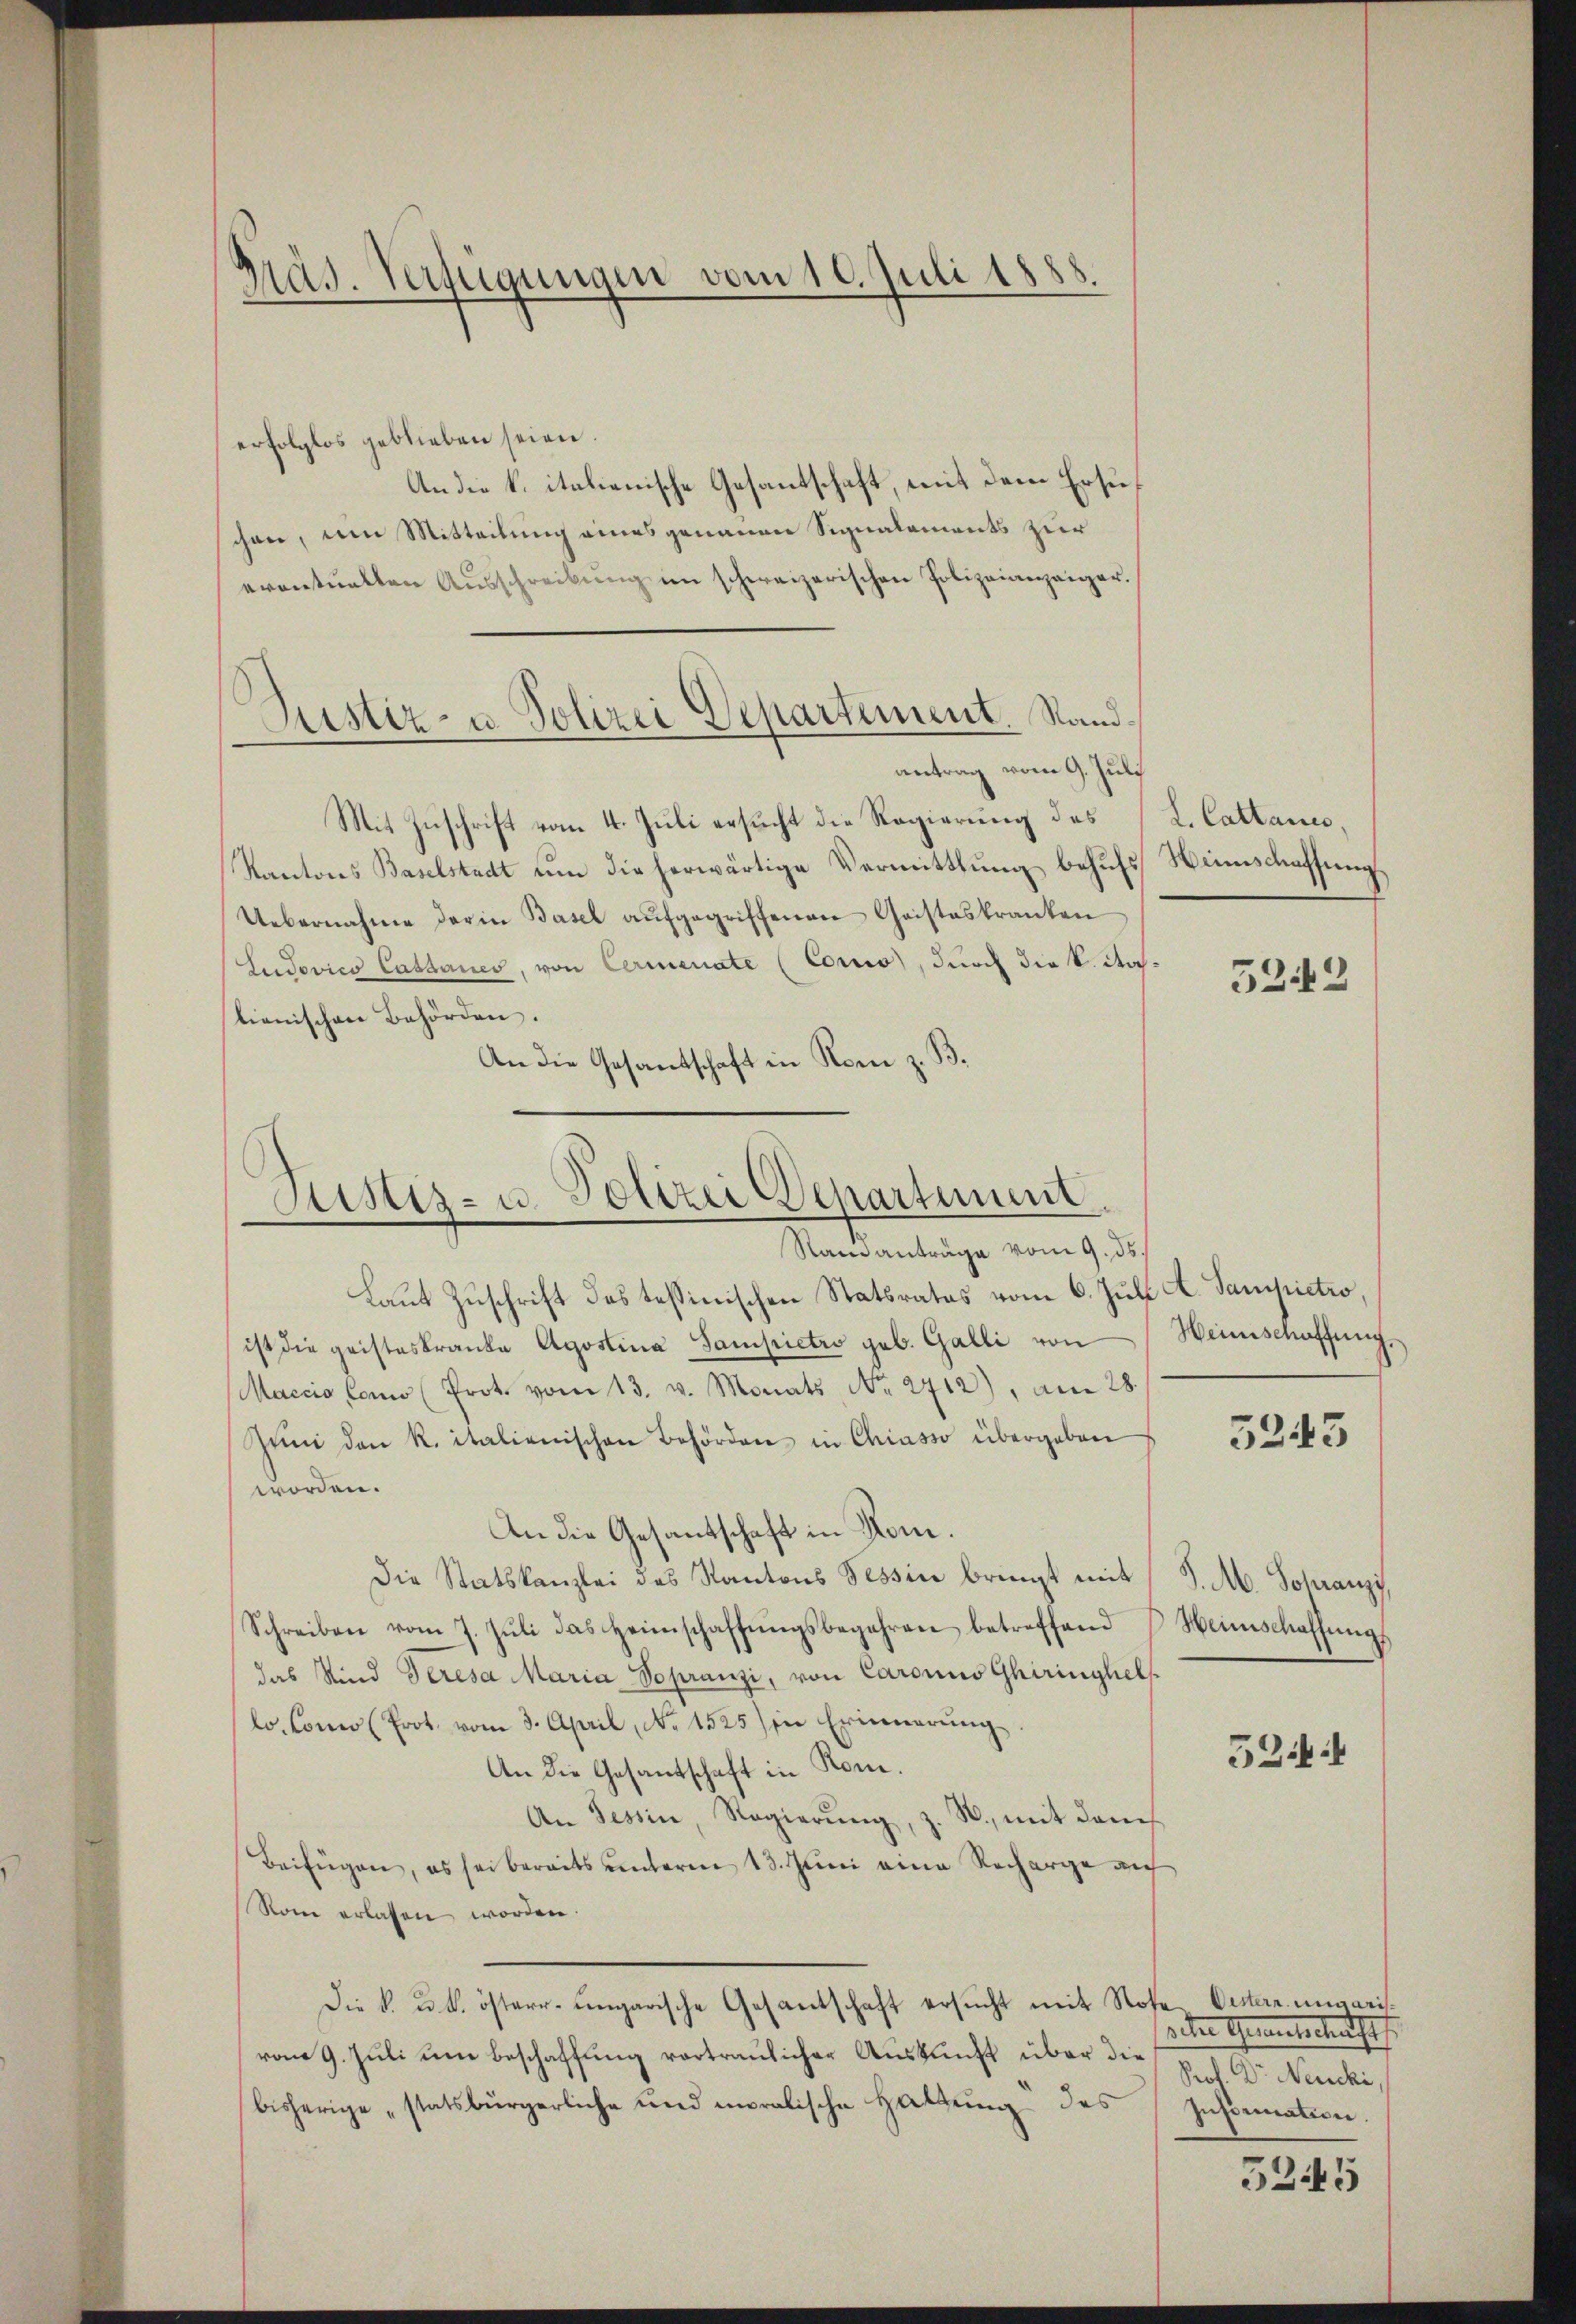
Präs. Verfügungen vom 10. Juli 1888.

erfolglos geblieben seien.
An die k. italienische Gesantschaft, mit dem Ersuchen, am Mitteilung eines genannen Signalements zur
erontualten Aŭsschreibŭng im schweizerischen Polizeianzaiger.
Mit Zuschrift vom 4. Juli ersucht die Regierung des
Kantons Baselstadt um die herwärtige Vermittlung behufs
Uebernahme der in Basel aŭfgegriffenen Geisteskranken
Ludovico Cathanes, von Cerienate (Coro, durch die k. Nachlienischen Behörden.
An die Gesandschaft in Rom z. B.

Rustiz- u Polizei Departement. Sandantrag vom 9. Juli

Sistiz- u. Polizei Departement
Ramanträge vom 9. ds.

Laut Zuschrift des tessinischen Statsrates vom 6. Juli A. Sampictro,
ist die geisteskranke Agostina Sampietro geb. Galli von
Maccio Conno (Prot. vom 13. v. Monats No. 2712), am 28.
Zŭm den R. italienischen Behörden in Chiasso übergeben
worden.
An die Gesantschaft in Rom.
Die Statskanzlei des Kantons Tessin bringt mit J. A. Schranzi
Schreiben vom 7. Jŭli das Heimschaffŭngsbegehren betreffend Heimschaffŭng
das Kind Geresa Maria Sopranzi, von Caronus Ghiringhels
lo. Como (Prot. vom 3. April, No 1525/ in Erinnerung
An die Gesantschaft in Rom.
An Tessin, Regierŭng, z. B., mit dem
Beifügen, es sei bereits unterm 13. Juni eine Recharge auf
Rom erlassen worden.
Die k. u. k. österr-ungarische Gesantschaft ersucht mit Rose Oesterr. ungarisvom 9. Juli um Beschaffung vortraulicher Auskunft über die
bisherige „statsbürgerliche und moralische Haltung des Information.

L. Cattaues,
Heimschaffung,

5242

Heinschaffung

5243

5244

v. der Gemeinterberathes
Prof. Dr Neucki,

5245